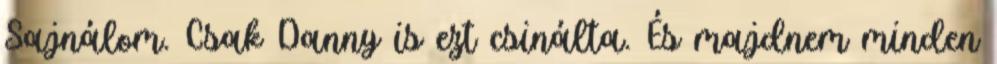
Sajnálom. Csak Danny is ezt csinálta. És majdnem minden